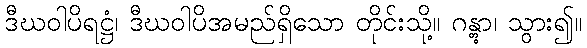
ဒီဃဝါပိရဋ္ဌံ၊ ဒီဃဝါပိအမည်ရှိသော တိုင်းသို့။ ဂန္တွာ၊ သွား၍။